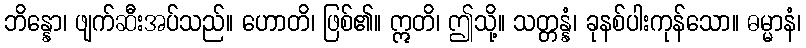
ဘိန္နော၊ ဖျက်ဆီးအပ်သည်။ ဟောတိ၊ ဖြစ်၏။ ဣတိ၊ ဤသို့။ သတ္တန္နံ၊ ခုနစ်ပါးကုန်သော။ ဓမ္မာနံ၊